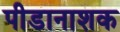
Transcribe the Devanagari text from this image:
पीडानाशक